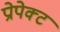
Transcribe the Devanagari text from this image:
प्रोपेक्ट